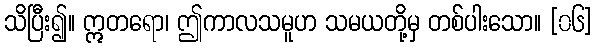
သိပြီး၍။ ဣတရော၊ ဤကာလသမူဟ သမယတို့မှ တစ်ပါးသော။ [၀၆]